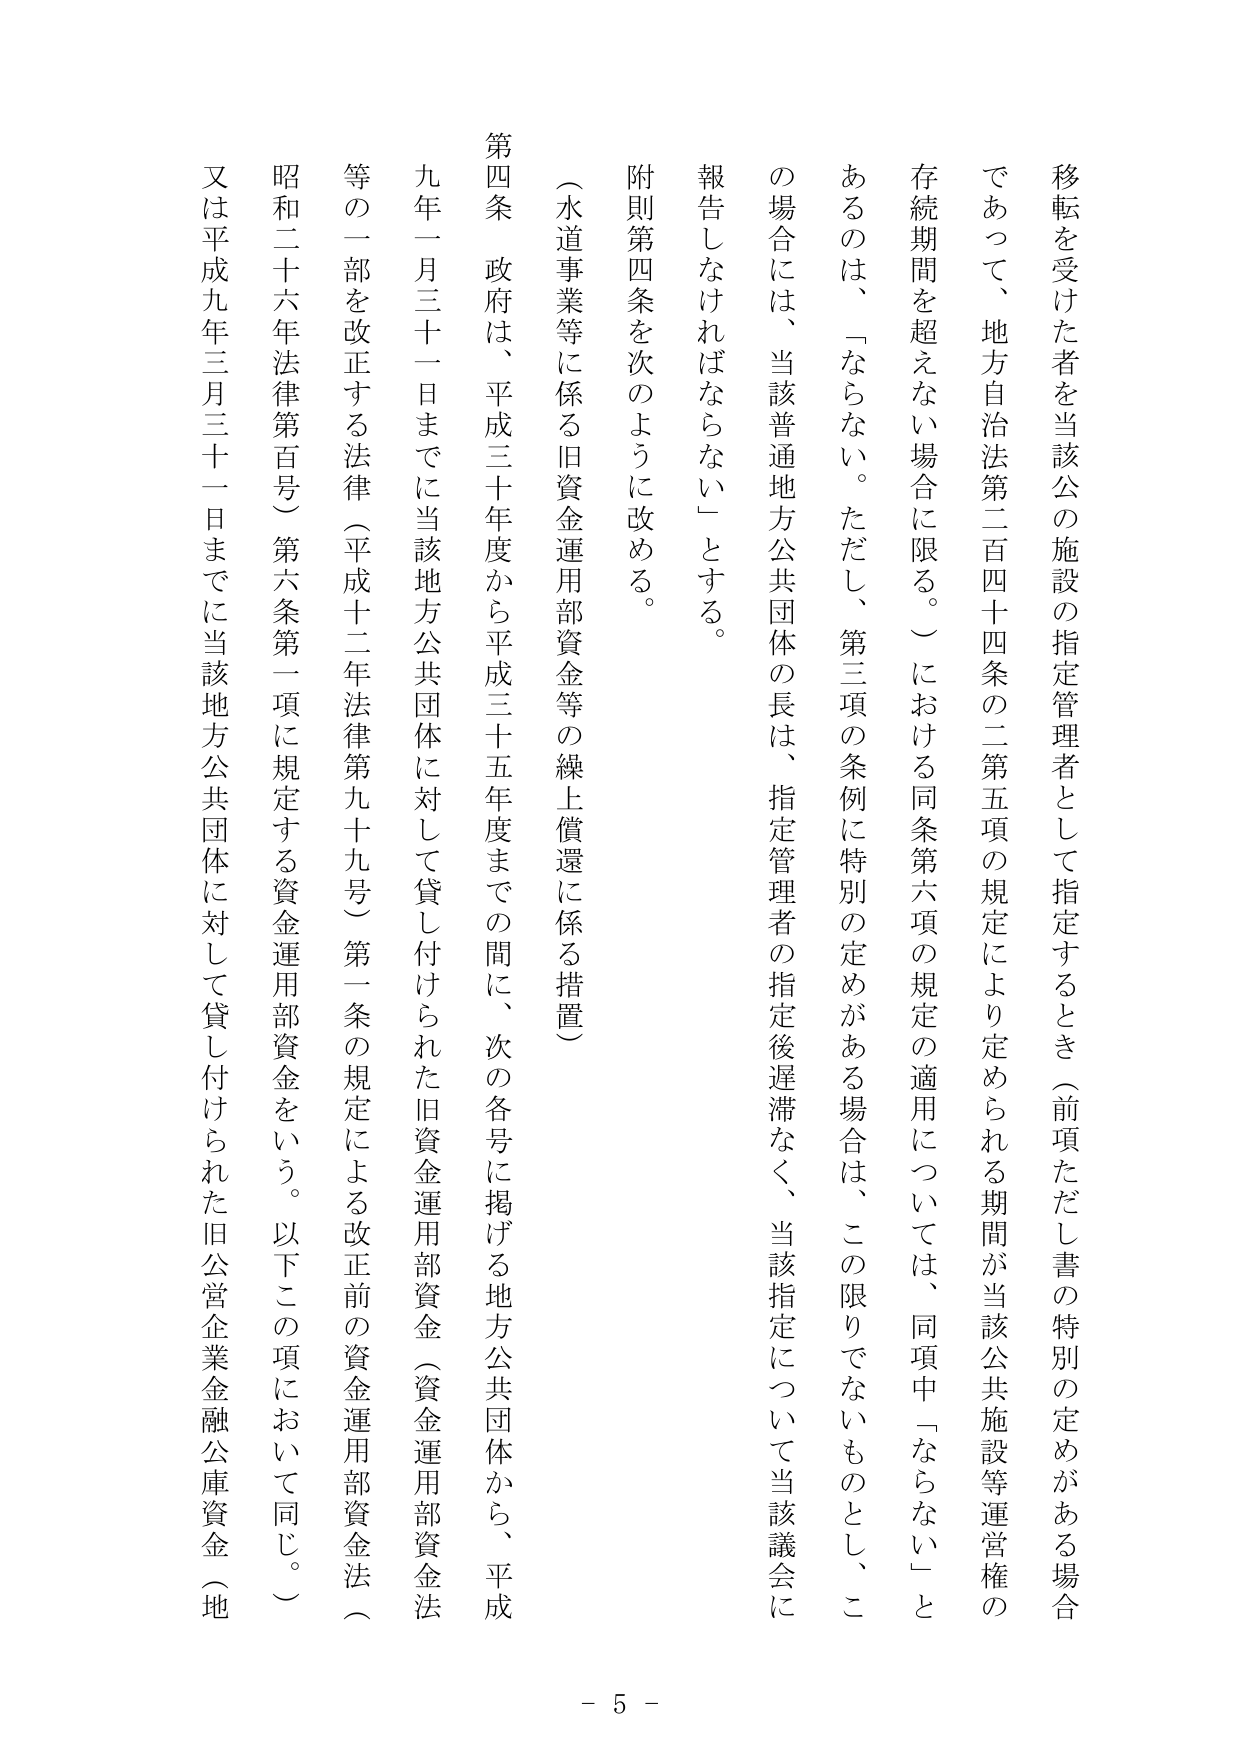
移転を受けた者を当該公の施設の指定管理者として指定するとき（前項ただし書の特別の定めがある場合であって、地方自治法第二百四十四条の二第五項の規定により定められる期間が当該公共施設等運営権の存続期間を超えない場合に限る。）における同条第六項の規定の適用については、同項中「ならない」とあるのは、「ならない。ただし、第三項の条例に特別の定めがある場合は、この限りでないものとし、この場合には、当該普通地方公共団体の長は、指定管理者の指定後遅滞なく、当該指定について当該議会に報告しなければならない」とする。

附則第四条を次のように改める。

（水道事業等に係る旧資金運用部資金等の繰上償還に係る措置）

第四条　政府は、平成三十年度から平成三十五年度までの間に、次の各号に掲げる地方公共団体から、平成九年一月三十一日までに当該地方公共団体に対して貸し付けられた旧資金運用部資金（資金運用部資金法等の一部を改正する法律（平成十二年法律第九十九号）第一条の規定による改正前の資金運用部資金法（昭和二十六年法律第百号）第六条第一項に規定する資金運用部資金をいう。以下この項において同じ。）又は平成九年三月三十一日までに当該地方公共団体に対して貸し付けられた旧公営企業金融公庫資金（地

- 5 -